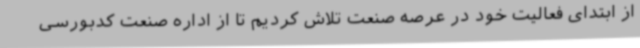
از ابتدای فعالیت خود در عرصه صنعت تلاش کردیم تا از اداره صنعت کدبورسی